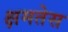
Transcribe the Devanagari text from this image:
क्षमतेस